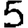
Digit: 5